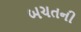
બચતની